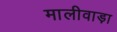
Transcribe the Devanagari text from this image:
मालीवाड़ा